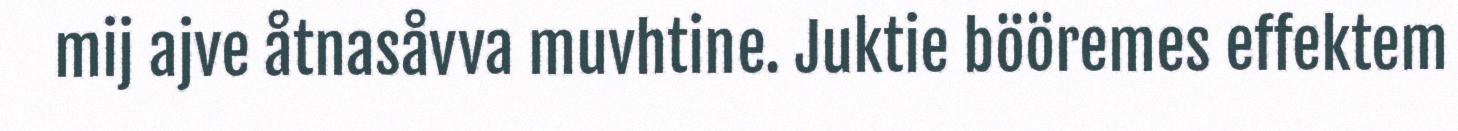
mij ajve åtnasåvva muvhtine. Juktie bööremes effektem